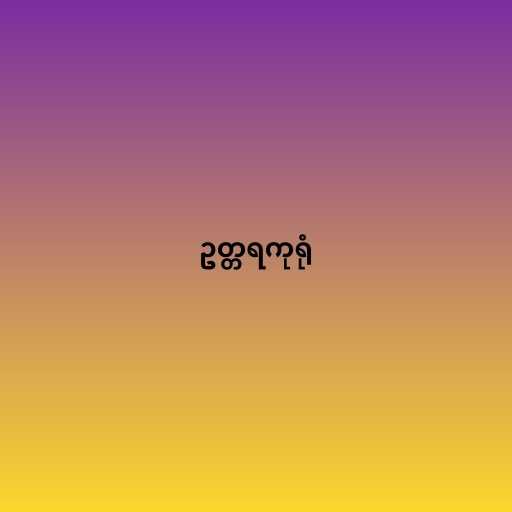
ဥတ္တရကုရုံ